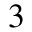
^ 3